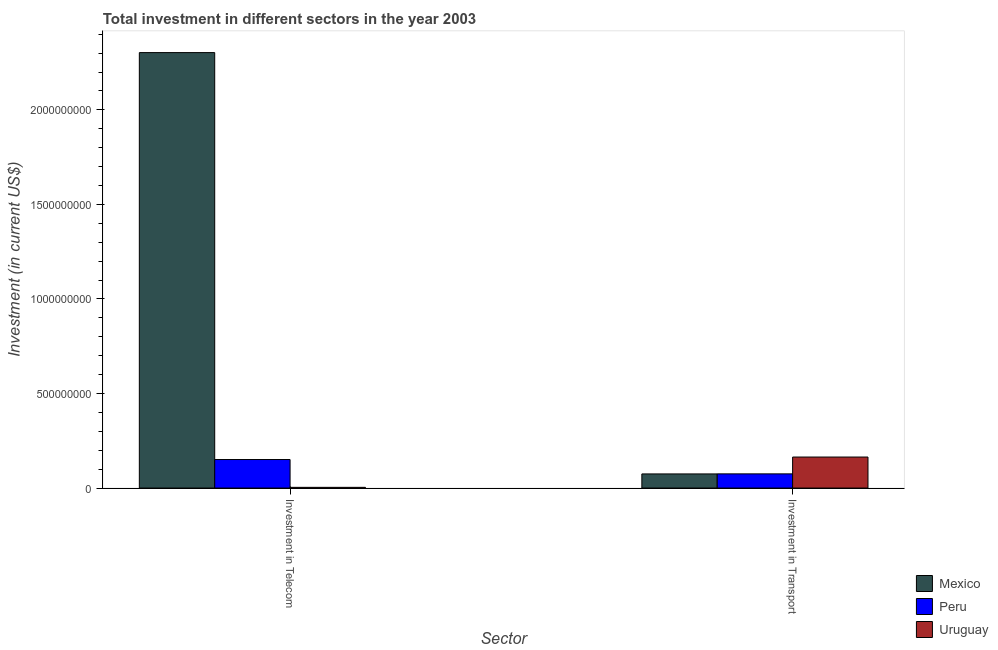
| Sector | Mexico | Peru | Uruguay |
 | --- | --- | --- | --- |
 | Investment in Telecom | 2.3e+09 | 1.51e+08 | 3.7e+06 |
 | Investment in Transport | 7.47e+07 | 7.5e+07 | 1.64e+08 |